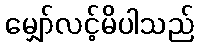
မျှော်လင့်မိပါသည်